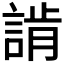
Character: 𧨷